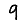
Digit: 9